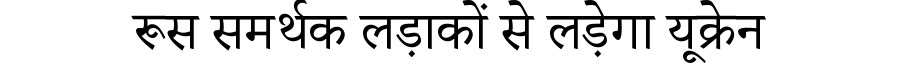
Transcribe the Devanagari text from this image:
रूस समर्थक लड़ाकों से लड़ेगा यूक्रेन